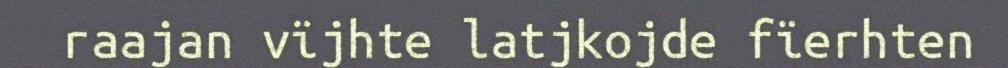
raajan vïjhte latjkojde fïerhten